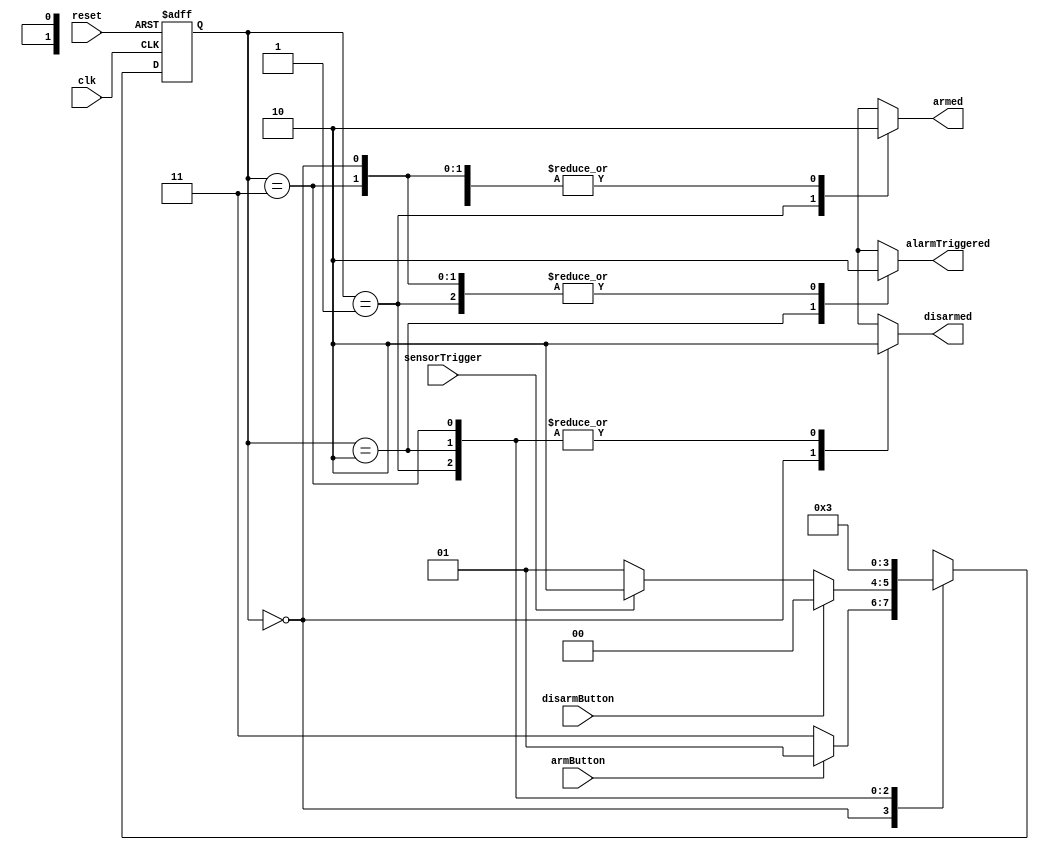
module fsm_module (
  input clk,
  input reset,
  input armButton,
  input disarmButton,
  input sensorTrigger,
  output reg disarmed,
  output reg armed,
  output reg alarmTriggered
);

  parameter DISARMED = 2'b00;
  parameter ARMED = 2'b01;
  parameter ALARM_TRIGGERED = 2'b10;
  parameter DEADLOCK_STATE = 2'b11;

  reg [1:0] current_state;
  reg [1:0] next_state;

  always @(posedge clk or posedge reset) begin
    if (reset) begin
      current_state <= DISARMED;
    end else begin
      current_state <= next_state;
    end
  end

  always @(current_state) begin
    case (current_state)
      DISARMED:
        begin
          disarmed       = 1;
          armed          = 0;
          alarmTriggered = 0;
          next_state      = (armButton) ? ARMED : DEADLOCK_STATE;
        end
      ARMED:
        begin
          disarmed       = 0;
          armed          = 1;
          alarmTriggered = 0;
          next_state      = (disarmButton) ? DISARMED : (sensorTrigger) ? ALARM_TRIGGERED : ARMED;
        end
      ALARM_TRIGGERED:
        begin
          disarmed       = 0;
          armed          = 0;
          alarmTriggered = 1;
          next_state      = DISARMED;
        end
      DEADLOCK_STATE:
        begin
          disarmed       = 0;
          armed          = 0;
          alarmTriggered = 0;
          next_state      = DEADLOCK_STATE;
        end
      default:
        begin
          disarmed       = 1;
          armed          = 0;
          alarmTriggered = 0;
          next_state      = DISARMED;
        end
    endcase
  end
endmodule